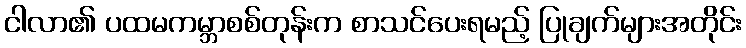
ငါလာ၏ ပထမကမ္ဘာစစ်တုန်းက စာသင်ပေးရမည့် ပြုချက်များအတိုင်း